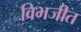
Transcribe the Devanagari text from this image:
विभजीत